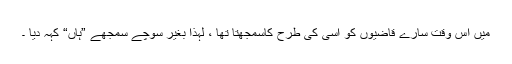
میں اُس وقت سارے قاضیوں کو اُسی کی طرح کاسمجھتا تھا ، لہٰذا بغیر سوچے سمجھے ”ہاں“ کہہ دیا ۔